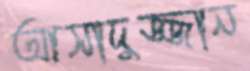
আসাদুজ্জান